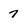
Character: 7